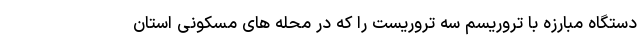
دستگاه مبارزه با تروریسم سه تروریست را که در محله های مسکونی استان